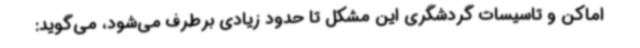
اماکن و تاسیسات گردشگری این مشکل تا حدود زیادی برطرف می‌شود، می‌گوید: